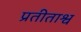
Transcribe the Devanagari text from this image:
प्रतीताश्व